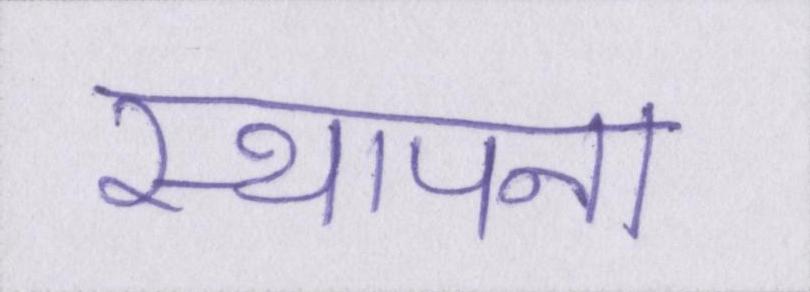
स्थापना